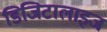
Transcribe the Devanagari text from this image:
डिजिटालाइज